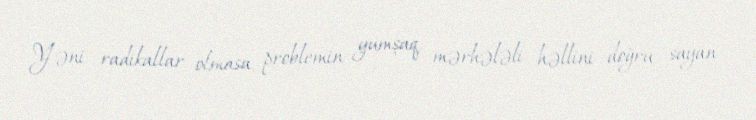
Yəni radikallar olmasa, problemin yumşaq, mərhələli həllini doğru sayan